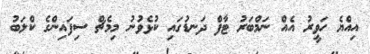
އިއްޔެ ހަވީރު އެއް ނަމްބަރު ޓާފް ދަނޑުގައި ކުޅެވުނު މިމެޗް ސިފައިންގެ ކްލަބު